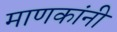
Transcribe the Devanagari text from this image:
माणकांनी